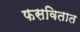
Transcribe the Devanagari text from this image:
फसवितात